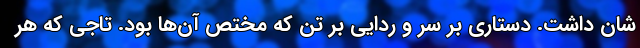
شان داشت. دستاری بر سر و ردایی بر تن که مختص آن‌ها بود. تاجی که هر